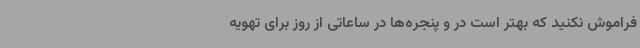
فراموش نکنید که بهتر است در و پنجره‌ها در ساعاتی از روز برای تهویه